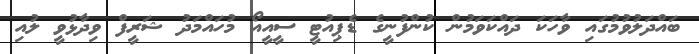
ބައްދަލުވުމުގައި ވާހަކަ ދައްކަވަމުން ކުންފުނީގެ ޑެޕިއުޓީ ސީއީއޯ މުހައްމަދު ޝަރީފް ވިދާޅުވީ ލުއި